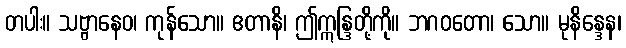
တပါး။ သဗ္ဗာနေဝ၊ ကုန်သော။ ဧတာနိ၊ ဤဣန္ဒြတို့ကို။ ဘဂဝတော၊ သော။ မုနိန္ဒေန၊